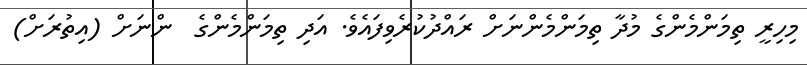
މިހިރީ ތިމަންމެންގެ މުދާ ތިމަންމެންނަށް ރައްދުކުރެވިފައެވެ. އަދި ތިމަންމެންގެ  ންނަށް (އިތުރަށް)